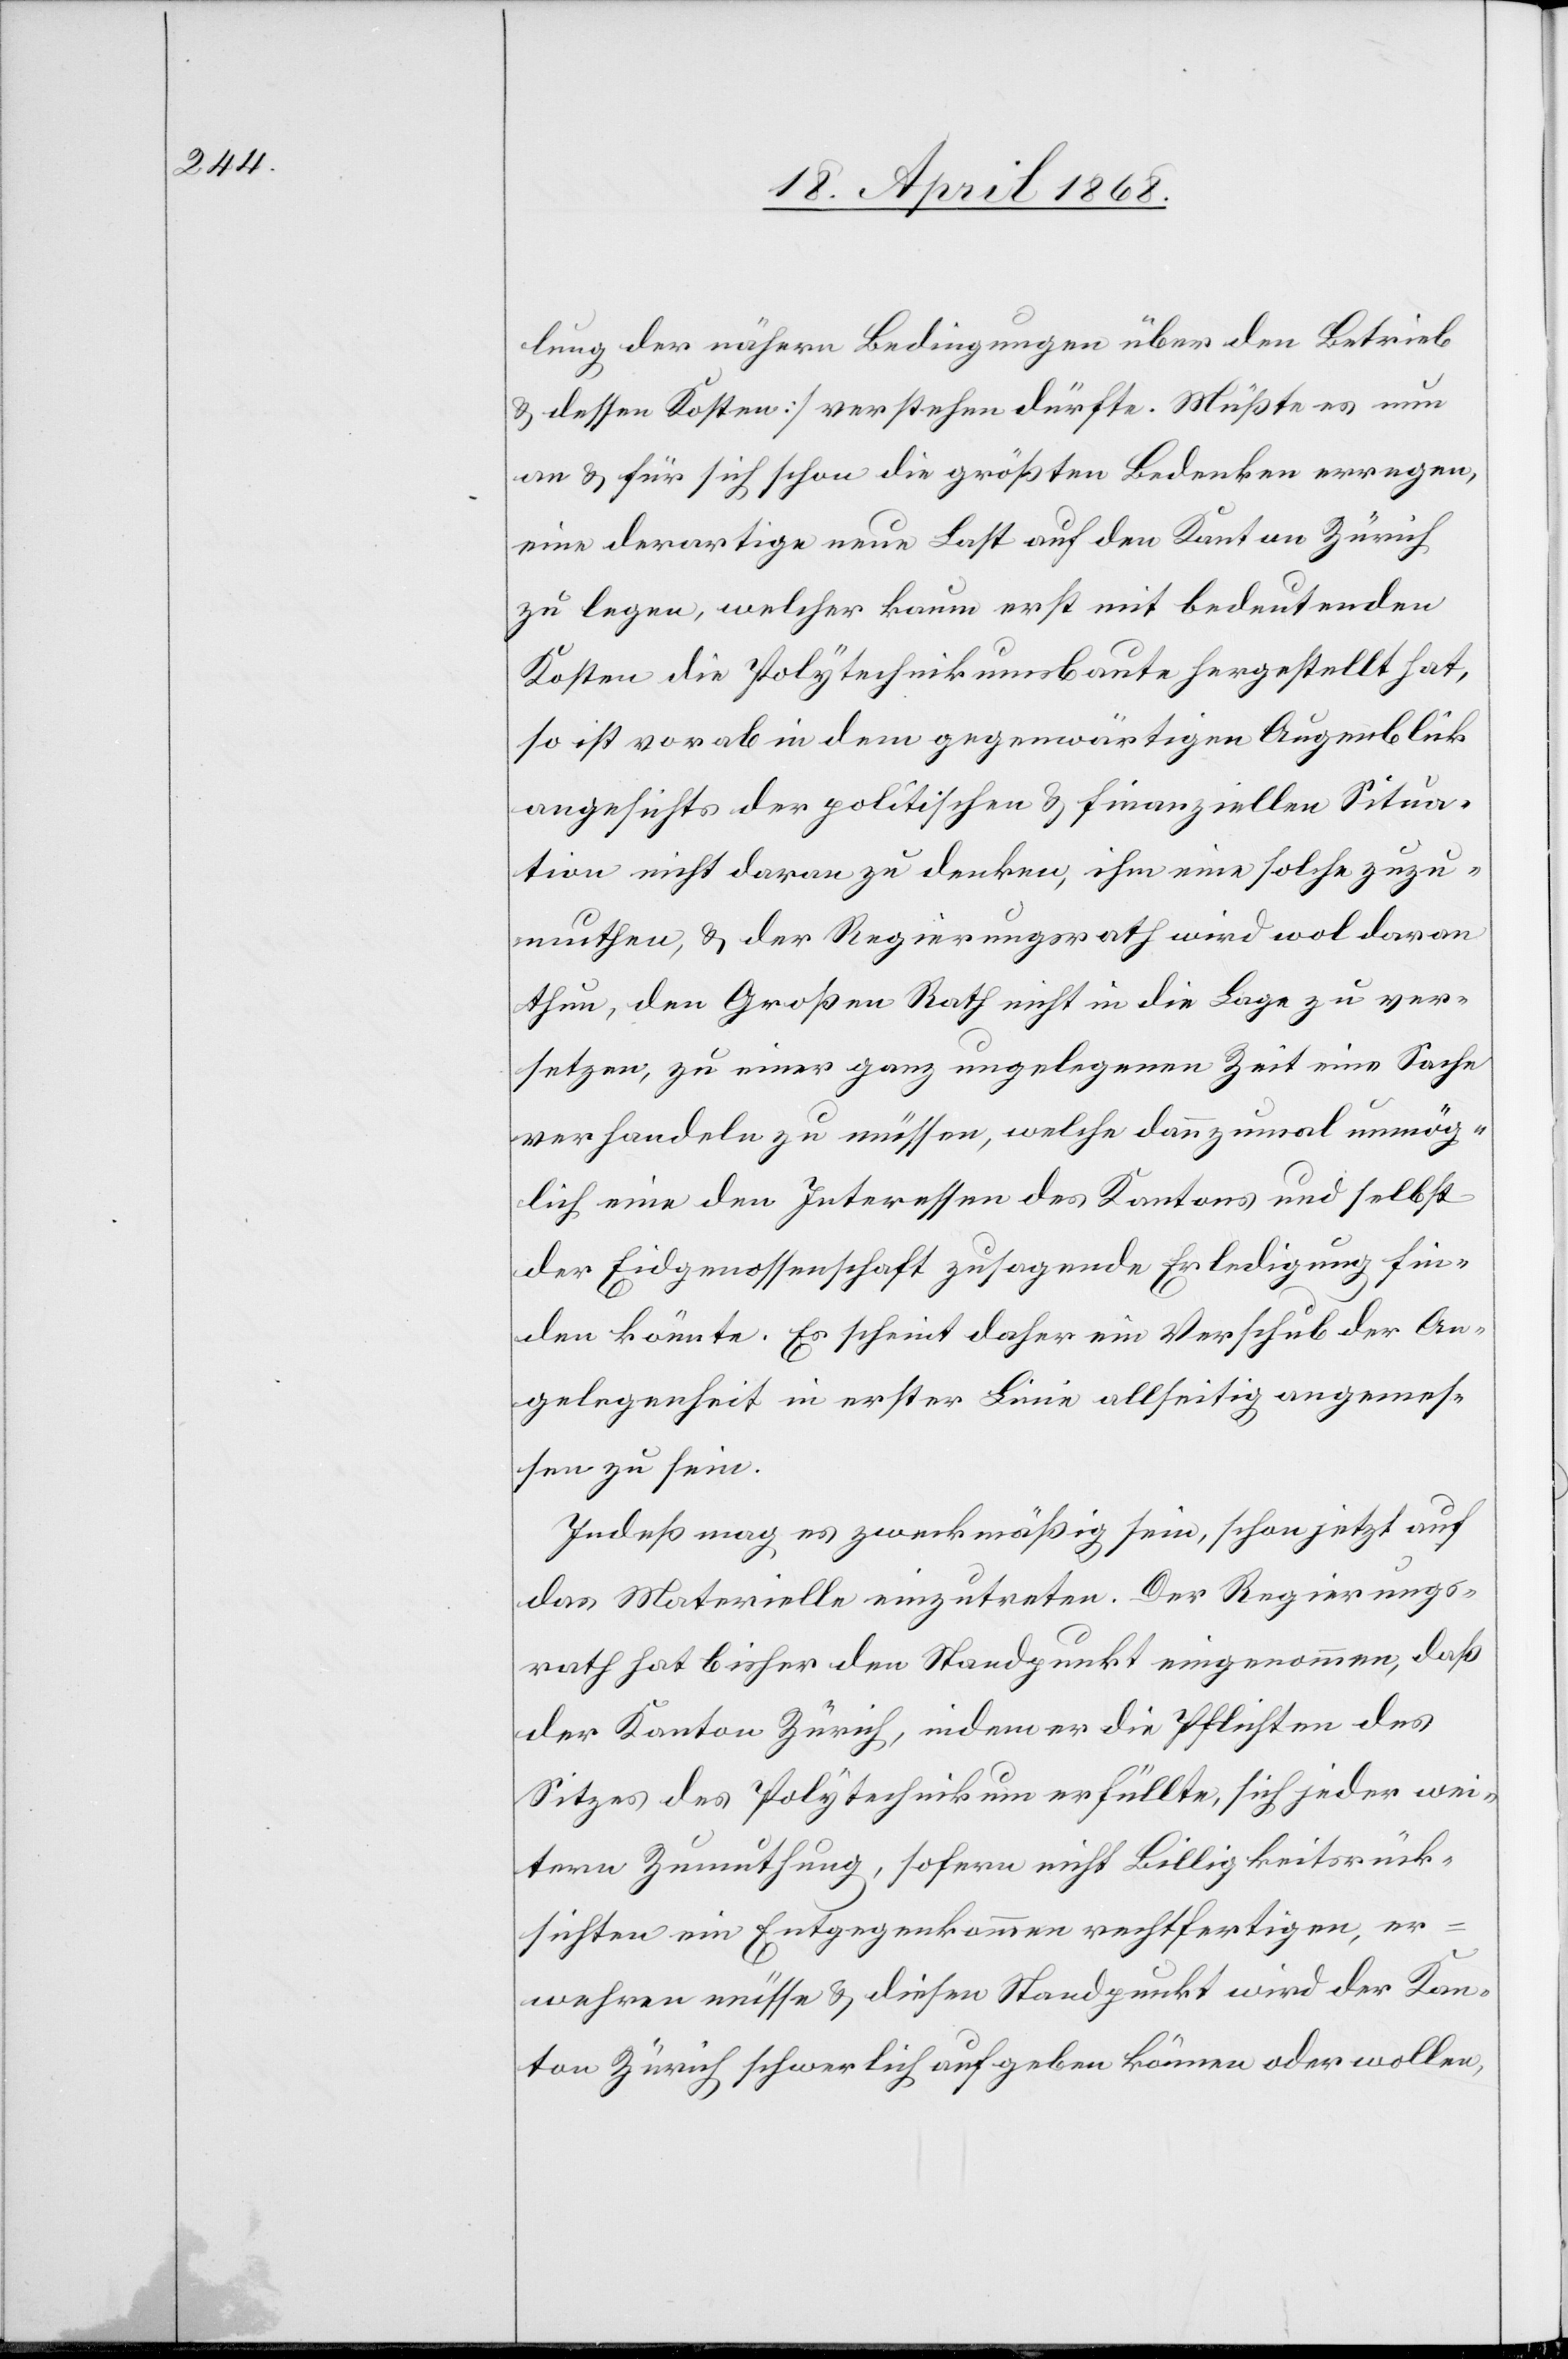
lung der nähern Bedingungen über den Betrieb
& dessen Kosten] verstehen dürfte. Müßte es nun
an & für sich schon die größten Bedenken erregen,
eine derartige neue Last auf den Kanton Zürich
zu legen, welcher kaum erst mit bedeutenden
Kosten die Polytechnikumsbaute hergestellt hat,
so ist vorab in dem gegenwärtigen Augenblick
angesichts der politischen & finanziellen Situa¬
tion nicht daran zu denken, ihm eine solche zuzu¬
muthen, & der Regierungsrath wird wol daran
thun, den Großen Rath nicht in die Lage zu ver¬
setzen, zu einer ganz ungelegenen Zeit eine Sache
verhandeln zu müssen, welche dannzumal unmög¬
lich eine den Interessen des Kantons und selbst
der Eidgenossenschaft zusagende Erledigung fin¬
den könnte. Es scheint daher ein Verschub der An¬
gelegenheit in erster Linie allseitig angemes¬
sen zu sein.
Indeß mag es zweckmäßig sein, schon jetzt auf
das Materielle einzutreten. Der Regierungs¬
rath hat bisher den Standpunkt eingenommen, daß
der Kanton Zürich, indem er die Pflichten des
Sitzes des Polytechnikum erfüllte, sich jeder wei¬
tern Zumuthung, sofern nicht Billigkeitsrück¬
sichten ein Entgegenkommen rechtfertigen, er¬
wehren müsse & diesen Standpunkt wird der Kan¬
ton Zürich schwerlich aufgeben können oder wollen,